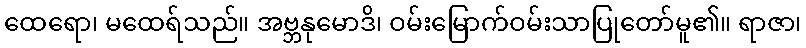
ထေရော၊ မထေရ်သည်။ အဗ္ဘနုမောဒိ၊ ဝမ်းမြောက်ဝမ်းသာပြုတော်မူ၏။ ရာဇာ၊